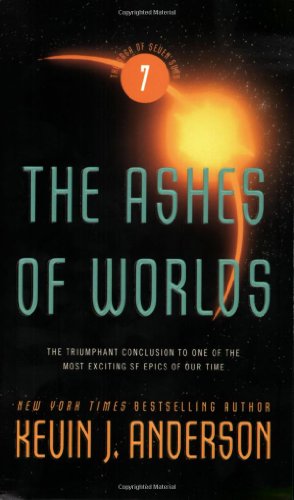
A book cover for The Ashes of Worlds (Saga of Seven Suns); Kevin J. Anderson; Romance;